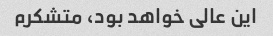
این عالی خواهد بود، متشکرم